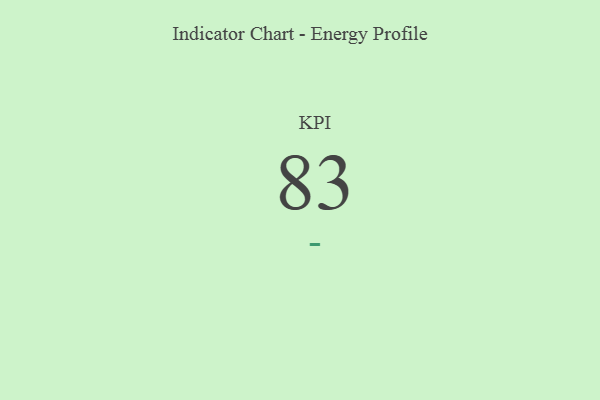
{"axis": {"x": "KPI", "y": "Value"}, "legend": [""], "data": [{"x": "KPI", "y": 83, "type": ""}]}